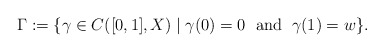
\begin{align*} \Gamma := \{ \gamma\in C([0,1],X) \mid \gamma(0)=0\;\mbox{ and }\;\gamma(1)=w \}.\end{align*}